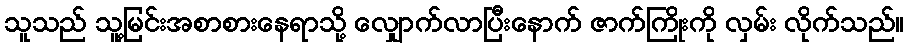
သူသည် သူ့မြင်းအစာစားနေရာသို့ လျှောက်လာပြီးနောက် ဇာက်ကြိုးကို လှမ်း လိုက်သည်။